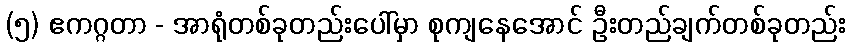
(၅) ဧကဂ္ဂတာ - အာရုံတစ်ခုတည်းပေါ်မှာ စုကျနေအောင် ဦးတည်ချက်တစ်ခုတည်း